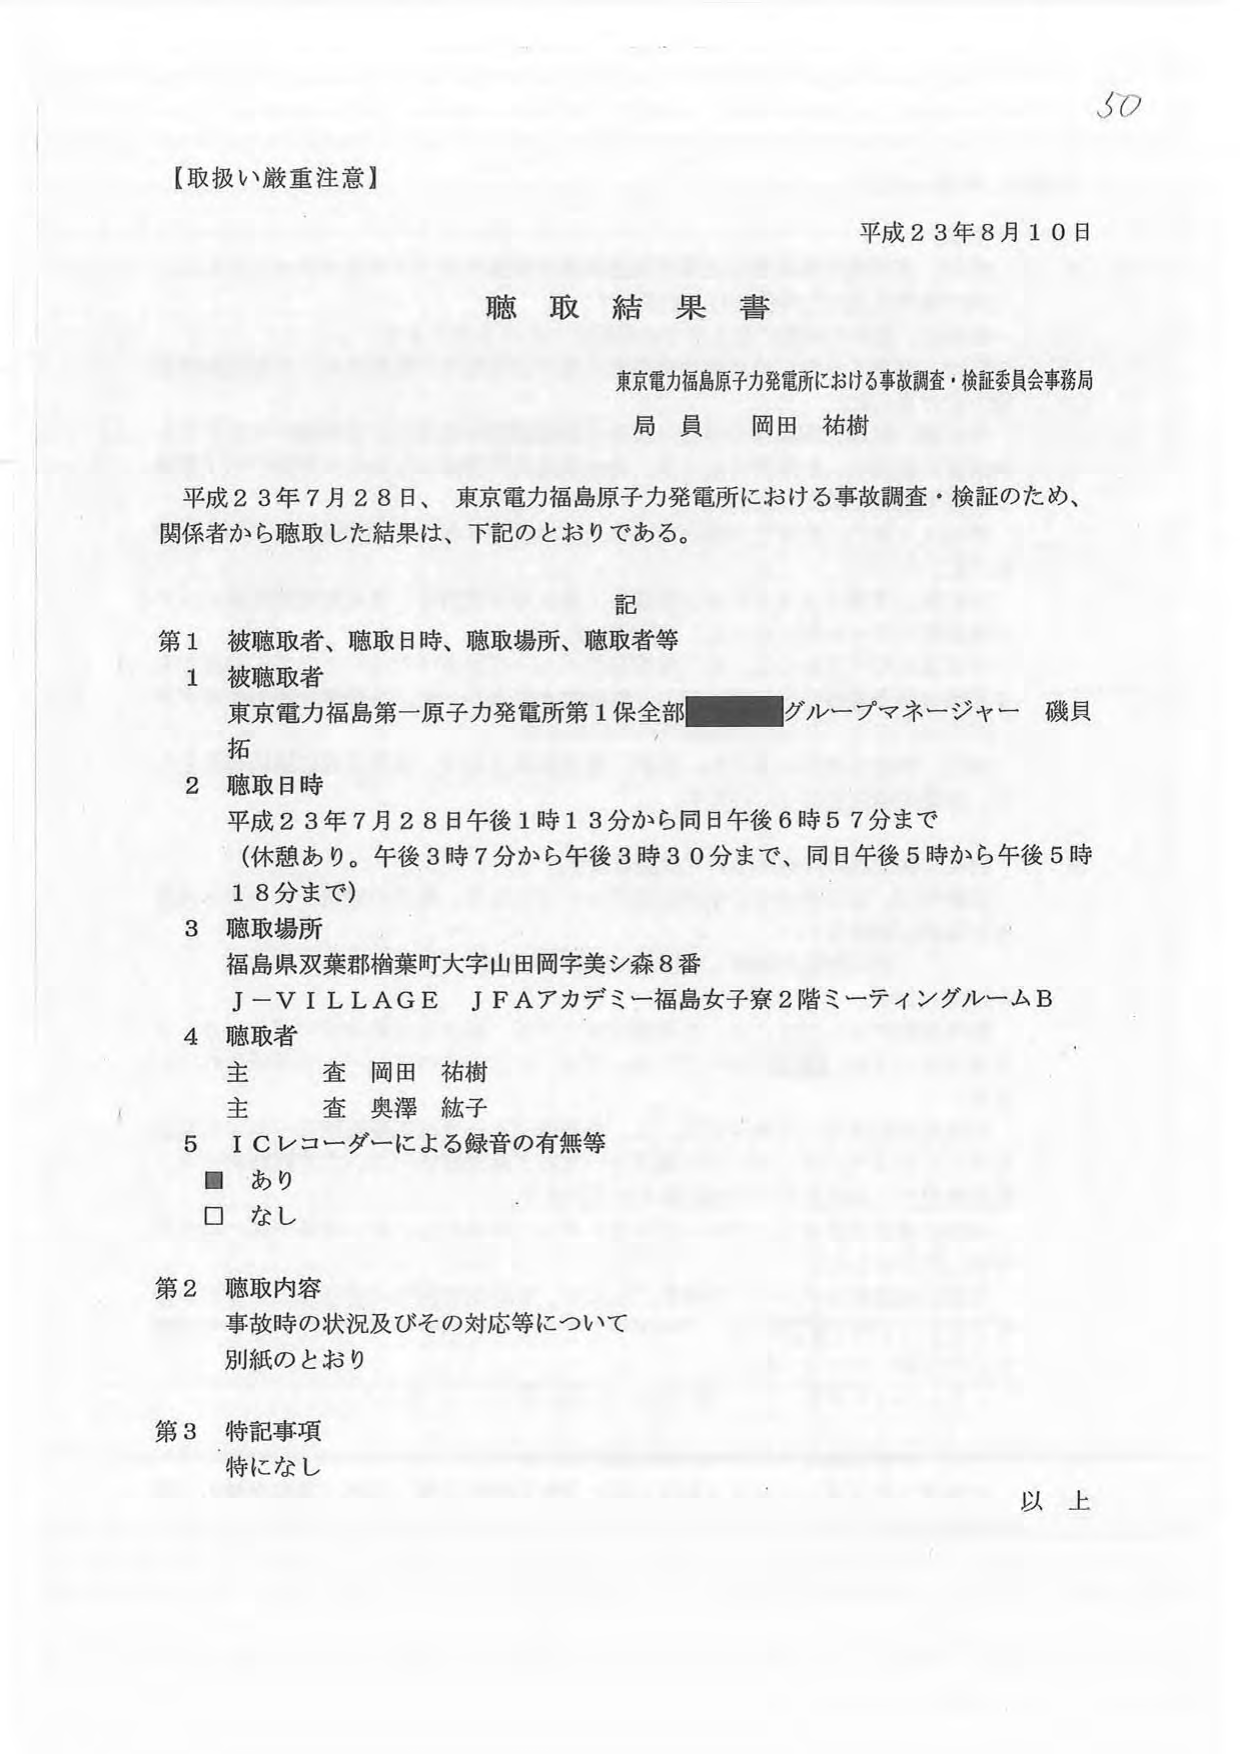
【取扱い厳重注意】

平成２３年８月１０日

聴取結果書

東京電力福島原子力発電所における事故調査・検証委員会事務局
局員 岡田 祐樹

平成２３年７月２８日、東京電力福島原子力発電所における事故調査・検証のため、
関係者から聴取した結果は、下記のとおりである。

記

第１ 被聴取者、聴取日時、聴取場所、聴取者等

１ 被聴取者
東京電力福島第一原子力発電所第１保全部 ■■■■■■■■■■ グループマネージャー 磯貝 拓

２ 聴取日時
平成２３年７月２８日午後１時１３分から同日午後６時５７分まで
（休憩あり。午後３時７分から午後３時３０分まで、同日午後５時から午後５時１８分まで）

３ 聴取場所
福島県双葉郡楢葉町大字山田岡字美シ森８番
Ｊ－ＶＩＬＬＡＧＥ ＪＦＡアカデミー福島女子寮２階ミーティングルームＢ

４ 聴取者
主査 岡田 祐樹
主査 奥澤 紘子

５ ＩＣレコーダーによる録音の有無等
■ あり
□ なし

第２ 聴取内容
事故時の状況及びその対応等について
別紙のとおり

第３ 特記事項
特になし

以上

50